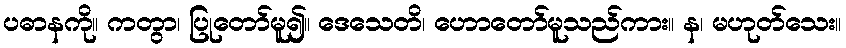
ပဓာနကို။ ကတွာ၊ ပြုတော်မူ၍။ ဒေသေတိ၊ ဟောတော်မူသည်ကား။ န၊ မဟုတ်သေး။